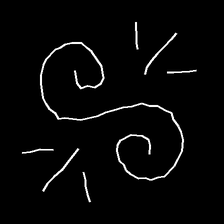
Glyph: wind-directs-air